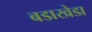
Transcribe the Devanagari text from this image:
बडाखेडा